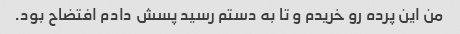
من این پرده رو خریدم و تا به دستم رسید پسش دادم افتضاح بود.